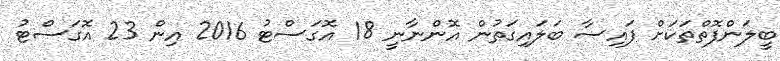
ބީލަންފޮތްތަކަށް ފައިސާ ބަލައިގަތުން އޮންނާނީ 18 އޮގަސްޓު 2016 އިން 23 އޮގަސްޓު